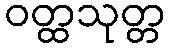
ဝတ္ထသုတ္တ